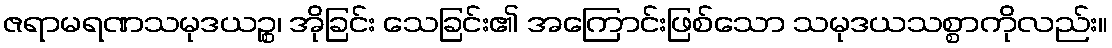
ဇရာမရဏသမုဒယဉ္စ၊ အိုခြင်း သေခြင်း၏ အကြောင်းဖြစ်သော သမုဒယသစ္စာကိုလည်း။